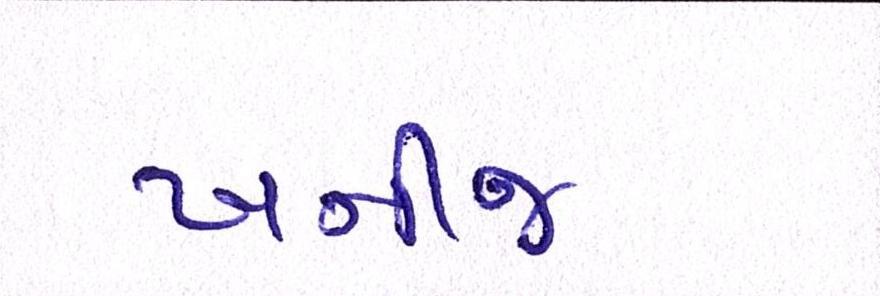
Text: ખનીજ